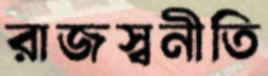
রাজস্বনীতি